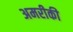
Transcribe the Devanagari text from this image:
अमरीकी